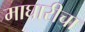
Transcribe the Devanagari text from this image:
माघारीचा